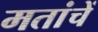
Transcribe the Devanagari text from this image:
मतांचें